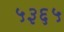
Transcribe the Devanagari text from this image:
५३६५